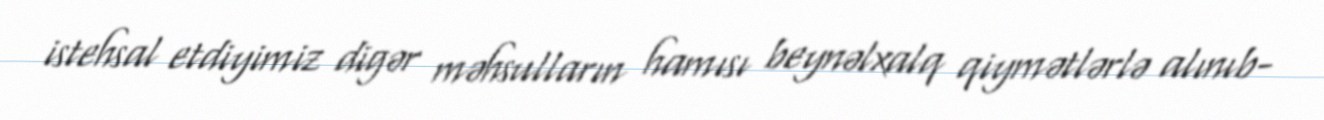
istehsal etdiyimiz digər məhsulların hamısı beynəlxalq qiymətlərlə alınıb-